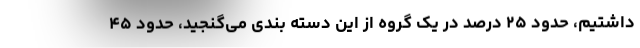
داشتیم، حدود ۲۵ درصد در یک گروه از این دسته بندی می‌گنجید، حدود ۴۵